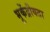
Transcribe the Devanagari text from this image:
भूकेंद्रीयता